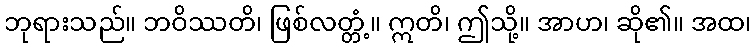
ဘုရားသည်။ ဘဝိဿတိ၊ ဖြစ်လတ္တံ့။ ဣတိ၊ ဤသို့။ အာဟ၊ ဆို၏။ အထ၊